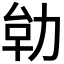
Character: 𭄪